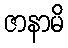
ဇာနာမိ